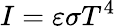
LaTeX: I=\varepsilon\sigma T^{4}